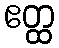
ဧတ္ထ